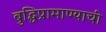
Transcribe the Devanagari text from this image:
बुद्धिप्रामाण्याची